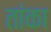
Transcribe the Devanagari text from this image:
तांका